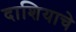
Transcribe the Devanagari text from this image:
दाशियाचे